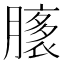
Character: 𦠸